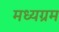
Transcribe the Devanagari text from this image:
मध्यग्रम